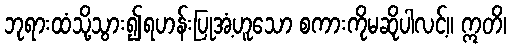
ဘုရားထံသို့သွား၍ရဟန်းပြုအံ့ဟူသော စကားကိုမဆိုပါလင့်။ ဣတိ၊